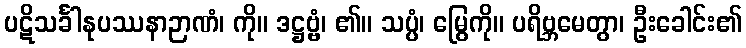
ပဋိသင်္ခါနုပဿနာဉာဏံ၊ ကို။ ဒဋ္ဌဗ္ဗံ၊ ၏။ သပ္ပံ၊ မြွေကို။ ပရိဗ္ဘမေတွာ၊ ဦးခေါင်း၏